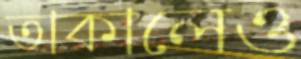
তাকালেও